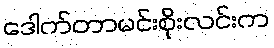
ဒေါက်တာမင်းစိုးလင်းက